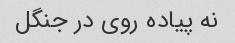
نه پیاده روی در جنگل